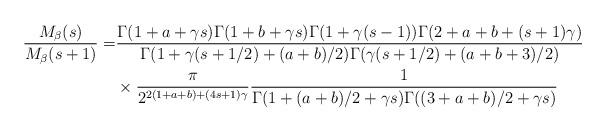
LaTeX: \begin{align*}\frac{M_{\beta}(s)}{M_{\beta}(s+1)} = &\frac{\Gamma(1+a+\gamma s)\Gamma(1+b+\gamma s)\Gamma(1+\gamma(s-1))\Gamma(2+a+b+(s+1)\gamma)}{\Gamma(1+\gamma(s+1/2)+(a+b)/2)\Gamma(\gamma(s+1/2)+(a+b+3)/2)}\\& \times \frac{\pi}{2^{2(1+a+b)+(4s+1)\gamma}}\frac{1}{\Gamma(1+(a+b)/2+\gamma s)\Gamma((3+a+b)/2+\gamma s)}\end{align*}